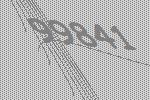
99841